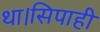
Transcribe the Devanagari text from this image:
था।सिपाही